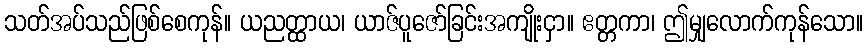
သတ်အပ်သည်ဖြစ်စေကုန်။ ယညတ္ထာယ၊ ယာဇ်ပူဇော်ခြင်းအကျိုးငှာ။ ဧတ္တကာ၊ ဤမျှလောက်ကုန်သော။